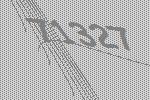
71327